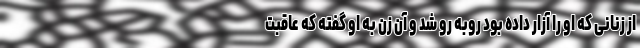
از زنانی که او را آزار داده بود روبه رو شد و آن زن به او گفته که عاقبت